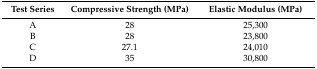
<table><thead><tr><td><b>Test Series</b></td><td><b>Compressive Strength (MPa)</b></td><td><b>Elastic Modulus (MPa)</b></td></tr></thead><tbody><tr><td>A</td><td>28</td><td>25,300</td></tr><tr><td>B</td><td>28</td><td>23,800</td></tr><tr><td>C</td><td>27.1</td><td>24,010</td></tr><tr><td>D</td><td>35</td><td>30,800</td></tr></tbody></table>